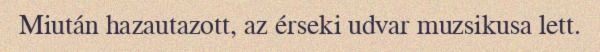
Miután hazautazott, az érseki udvar muzsikusa lett.